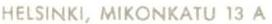
HELSINKI, MIKONKATU 13 A